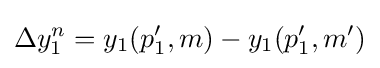
\Delta y_{1}^{n}=y_{1}(p_{1}',m)-y_{1}(p_{1}',m')